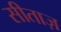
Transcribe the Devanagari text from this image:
सीताज़